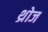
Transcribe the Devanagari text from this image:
थ्रोज